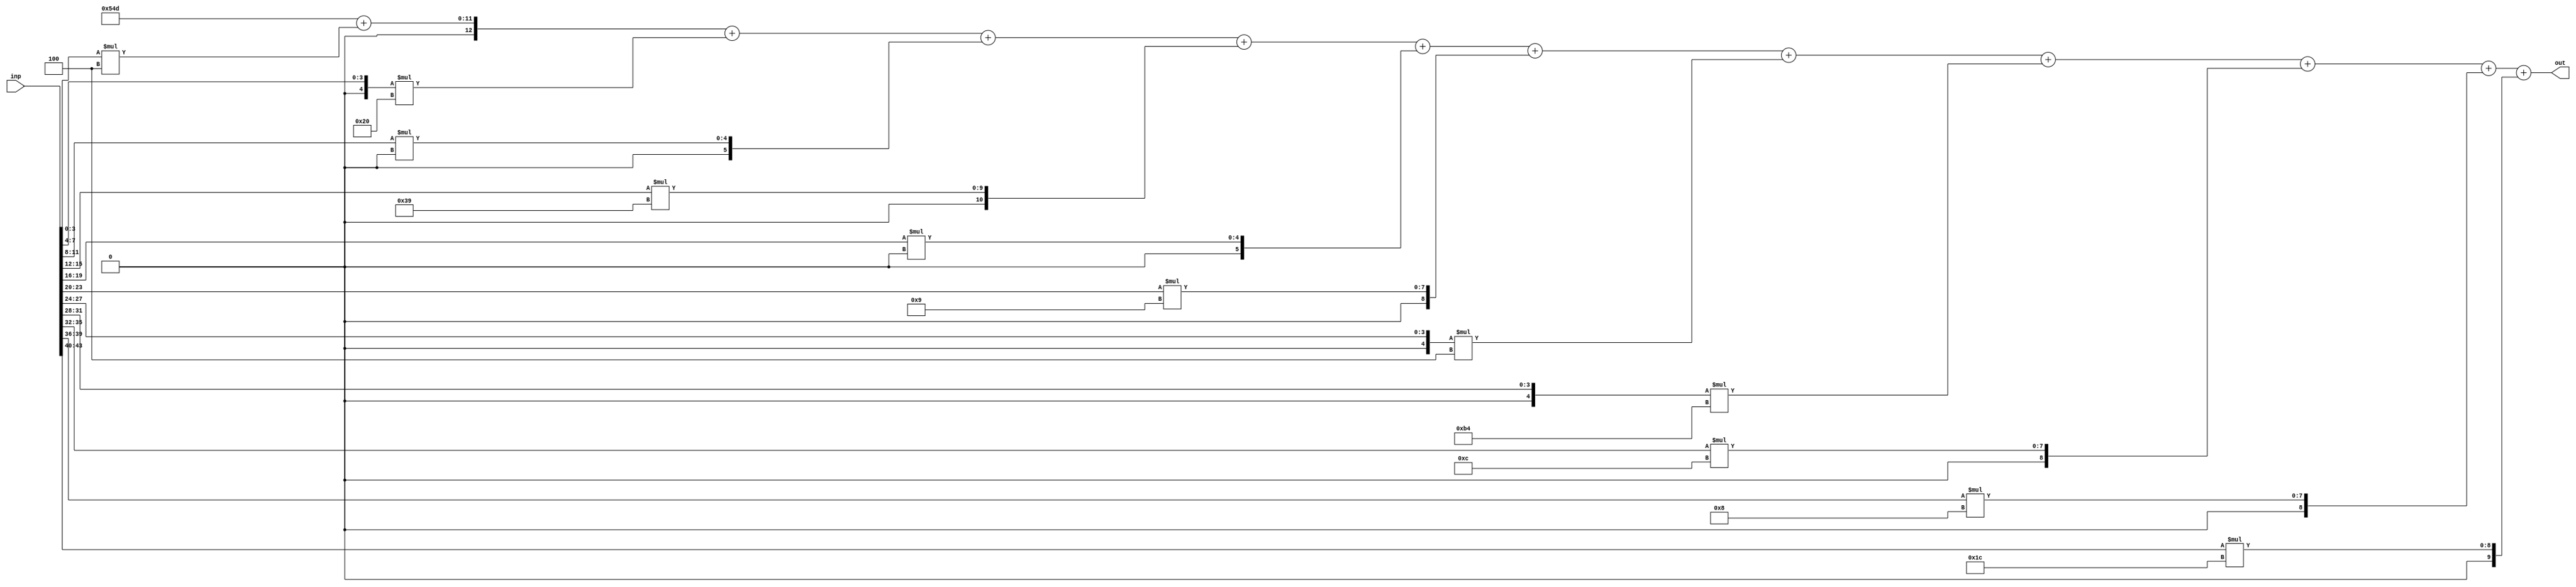
//weights: [[4, -32, 0, 57, 0, 9, -4, -76, 12, 8, 28]]
//intercepts: [1357]
//act size: [4, 13]
//pred num: 1
module top (inp, out);
input [43:0] inp;
output [12:0] out;

// classifier: 0
    wire signed [11:0] n_0_0_po_0;
    //weight 4: 8'sb00000100
    assign n_0_0_po_0 = $signed({1'b0, inp[3:0]}) * 8'sb00000100;

    wire signed [11:0] n_0_0_po_1;
    //weight -32: 8'sb11100000
    assign n_0_0_po_1 = $signed({1'b0, inp[7:4]}) * 8'sb11100000;

    wire signed [11:0] n_0_0_po_2;
    //weight 0: 8'sb00000000
    assign n_0_0_po_2 = $signed({1'b0, inp[11:8]}) * 8'sb00000000;

    wire signed [11:0] n_0_0_po_3;
    //weight 57: 8'sb00111001
    assign n_0_0_po_3 = $signed({1'b0, inp[15:12]}) * 8'sb00111001;

    wire signed [11:0] n_0_0_po_4;
    //weight 0: 8'sb00000000
    assign n_0_0_po_4 = $signed({1'b0, inp[19:16]}) * 8'sb00000000;

    wire signed [11:0] n_0_0_po_5;
    //weight 9: 8'sb00001001
    assign n_0_0_po_5 = $signed({1'b0, inp[23:20]}) * 8'sb00001001;

    wire signed [11:0] n_0_0_po_6;
    //weight -4: 8'sb11111100
    assign n_0_0_po_6 = $signed({1'b0, inp[27:24]}) * 8'sb11111100;

    wire signed [11:0] n_0_0_po_7;
    //weight -76: 8'sb10110100
    assign n_0_0_po_7 = $signed({1'b0, inp[31:28]}) * 8'sb10110100;

    wire signed [11:0] n_0_0_po_8;
    //weight 12: 8'sb00001100
    assign n_0_0_po_8 = $signed({1'b0, inp[35:32]}) * 8'sb00001100;

    wire signed [11:0] n_0_0_po_9;
    //weight 8: 8'sb00001000
    assign n_0_0_po_9 = $signed({1'b0, inp[39:36]}) * 8'sb00001000;

    wire signed [11:0] n_0_0_po_10;
    //weight 28: 8'sb00011100
    assign n_0_0_po_10 = $signed({1'b0, inp[43:40]}) * 8'sb00011100;

    wire signed [12:0] n_0_0;
    assign n_0_0 = 1357 + n_0_0_po_0 + n_0_0_po_1 + n_0_0_po_2 + n_0_0_po_3 + n_0_0_po_4 + n_0_0_po_5 + n_0_0_po_6 + n_0_0_po_7 + n_0_0_po_8 + n_0_0_po_9 + n_0_0_po_10;

    assign out = {n_0_0};

endmodule